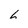
Character: 6